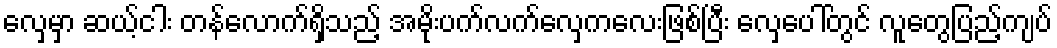
လှေမှာ ဆယ့်ငါး တန်လောက်ရှိသည့် အမိုးပက်လက်လှေကလေးဖြစ်ပြီး လှေပေါ်တွင် လူတွေပြည့်ကျပ်